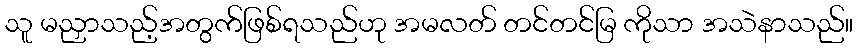
သူ မညှာသည့်အတွက်ဖြစ်ရသည်ဟု အမလတ် တင်တင်မြ ကိုသာ အသဲနာသည်။